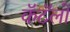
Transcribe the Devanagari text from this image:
कॅटॅलो